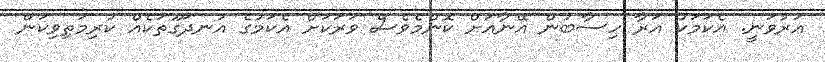
އަރުވަނީ. އެކަމަކު އަރާ ހިސާބުން އޭނާއަށް ކޮންމެވެސް ވަރަކަށް އެކަމުގެ އުނދަގޫތަކެއް ކުރިމަތިވިކަން